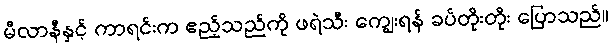
မီလာနီနှင့် ကာရင်းက ဧည့်သည်ကို ဖရဲသီး ကျွေးရန် ခပ်တိုးတိုး ပြောသည်။